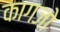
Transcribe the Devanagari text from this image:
कागजो